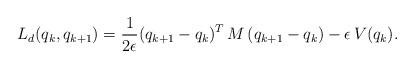
LaTeX: \begin{align*}L_d(q_k,q_{k+1})=\frac{1}{2\epsilon}(q_{k+1}-q_k)^T\,M\,(q_{k+1}-q_k)-\epsilon\,V(q_k).\end{align*}